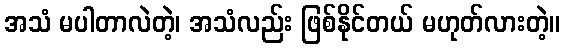
အသံ မပါတာလဲတဲ့၊ အသံလည်း ဖြစ်နိုင်တယ် မဟုတ်လားတဲ့။